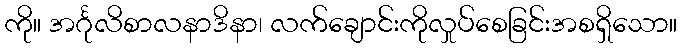
ကို။ အင်္ဂုလိစာလနာဒိနာ၊ လက်ချောင်းကိုလှုပ်စေခြင်းအစရှိသော။